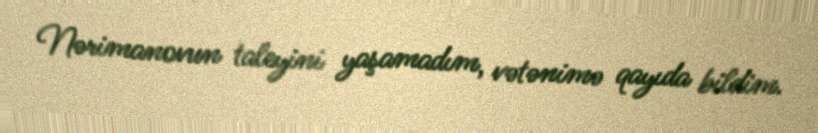
Nərimanovun taleyini yaşamadım, vətənimə qayıda bildim.